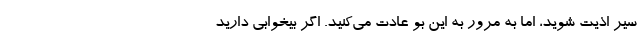
سیر اذیت شوید، اما به مرور به این بو عادت می‌کنید. اگر بیخوابی دارید